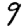
Digit: 9